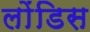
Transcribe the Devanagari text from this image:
लोंडिस